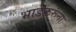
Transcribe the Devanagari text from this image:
भाडेकरूंना